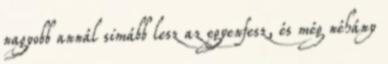
nagyobb annál simább lesz az egyenfesz, és még néhány